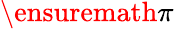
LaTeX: \ensuremath{\pi}